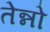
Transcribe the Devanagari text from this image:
तेन्नो